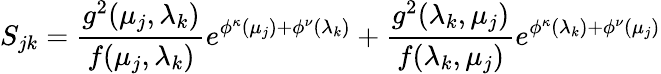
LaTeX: S_{jk}=\frac{g^{2}(\mu_{j},\lambda_{k})}{f(\mu_{j},\lambda_{k})}e^{\phi^{\kappa}(\mu_{j})+\phi^{\nu}(\lambda_{k})}+\frac{g^{2}(\lambda_{k},\mu_{j})}{f(\lambda_{k},\mu_{j})}e^{\phi^{\kappa}(\lambda_{k})+\phi^{\nu}(\mu_{j})}